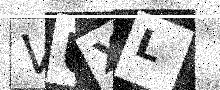
Text: VUXL